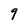
Character: 9